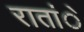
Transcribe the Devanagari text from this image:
रातांे